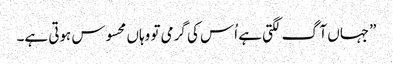
”جہاں آگ لگتی ہے اُس کی گرمی تو وہاں محسوس ہوتی ہے۔